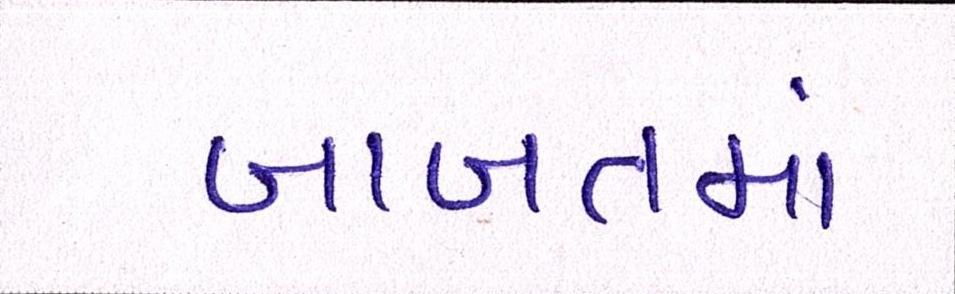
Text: બાબતમાં